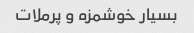
بسیار خوشمزه و پرملات